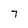
Character: 7